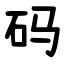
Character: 码